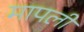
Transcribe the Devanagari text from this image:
मापली